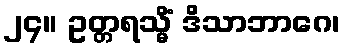
၂၄။ ဥတ္တရသ္မိံ ဒိသာဘာဂေ၊